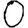
Digit: 0